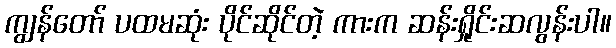
ကျွန်တော် ပထမဆုံး ပိုင်ဆိုင်တဲ့ ကားက ဆန်းရှိုင်းဆလွန်းပါ။